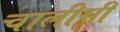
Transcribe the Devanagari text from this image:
चालीसी